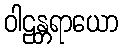
ဝါဠန္တရာယော